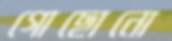
গোছোনো